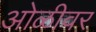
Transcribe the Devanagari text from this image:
ओळीवर